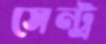
সেন্ট্র